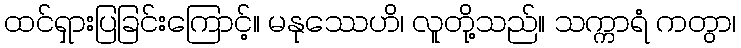
ထင်ရှားပြခြင်းကြောင့်။ မနုဿေဟိ၊ လူတို့သည်။ သက္ကာရံ ကတွာ၊